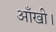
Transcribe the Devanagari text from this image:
आँखी।